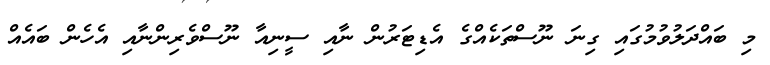
މި ބައްދަލުވުމުގައި ގިނަ ނޫސްތަކެއްގެ އެޑިޓަރުން ނާއި ސީނިއާ ނޫސްވެރިންނާއި އެހެން ބައެއް